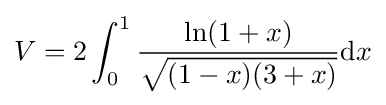
V=2\int _{0}^{1}{\frac {\ln(1+x)}{\sqrt {(1-x)(3+x)}}}\mathrm {d} x